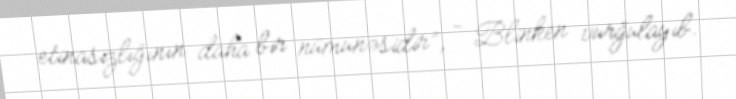
etinasızlığının daha bir nümunəsidir”, - Blinken vurğulayıb.